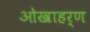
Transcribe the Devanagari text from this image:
ओखाहर्ण